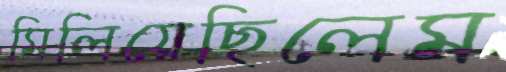
মিলিয়েছিলেম